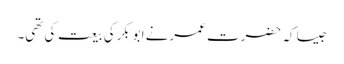
جیسا کہ حضرت عمرنے ابوبکرکی بیعت کی تھی۔